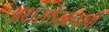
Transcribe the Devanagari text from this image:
अक्षरलेखनाची